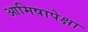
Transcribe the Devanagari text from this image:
आमिषापेक्षा